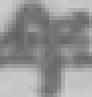
年